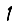
Digit: 1